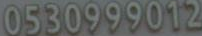
0530999012